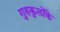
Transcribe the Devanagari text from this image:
गुरुकुलोंके